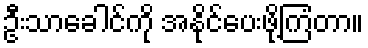
ဦးသာခေါင်ကို အနိုင်ပေးဖို့ကြံတာ။